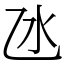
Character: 氹